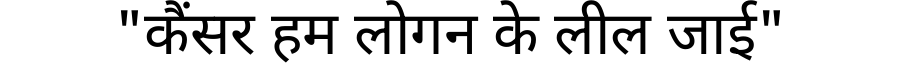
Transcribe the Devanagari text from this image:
"कैंसर हम लोगन के लील जाई"